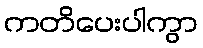
ကတိပေးပါကွာ